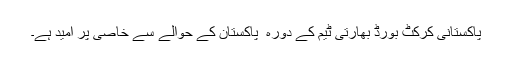
پاکستانی کرکٹ بورڈ بھارتی ٹیم کے دورہ ِ پاکستان کے حوالے سے خاصی پر امید ہے۔